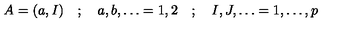
A = ( a , I ) \quad ; \quad a , b , \dots = 1 , 2 \quad ; \quad I , J , \dots = 1 , \dots , p